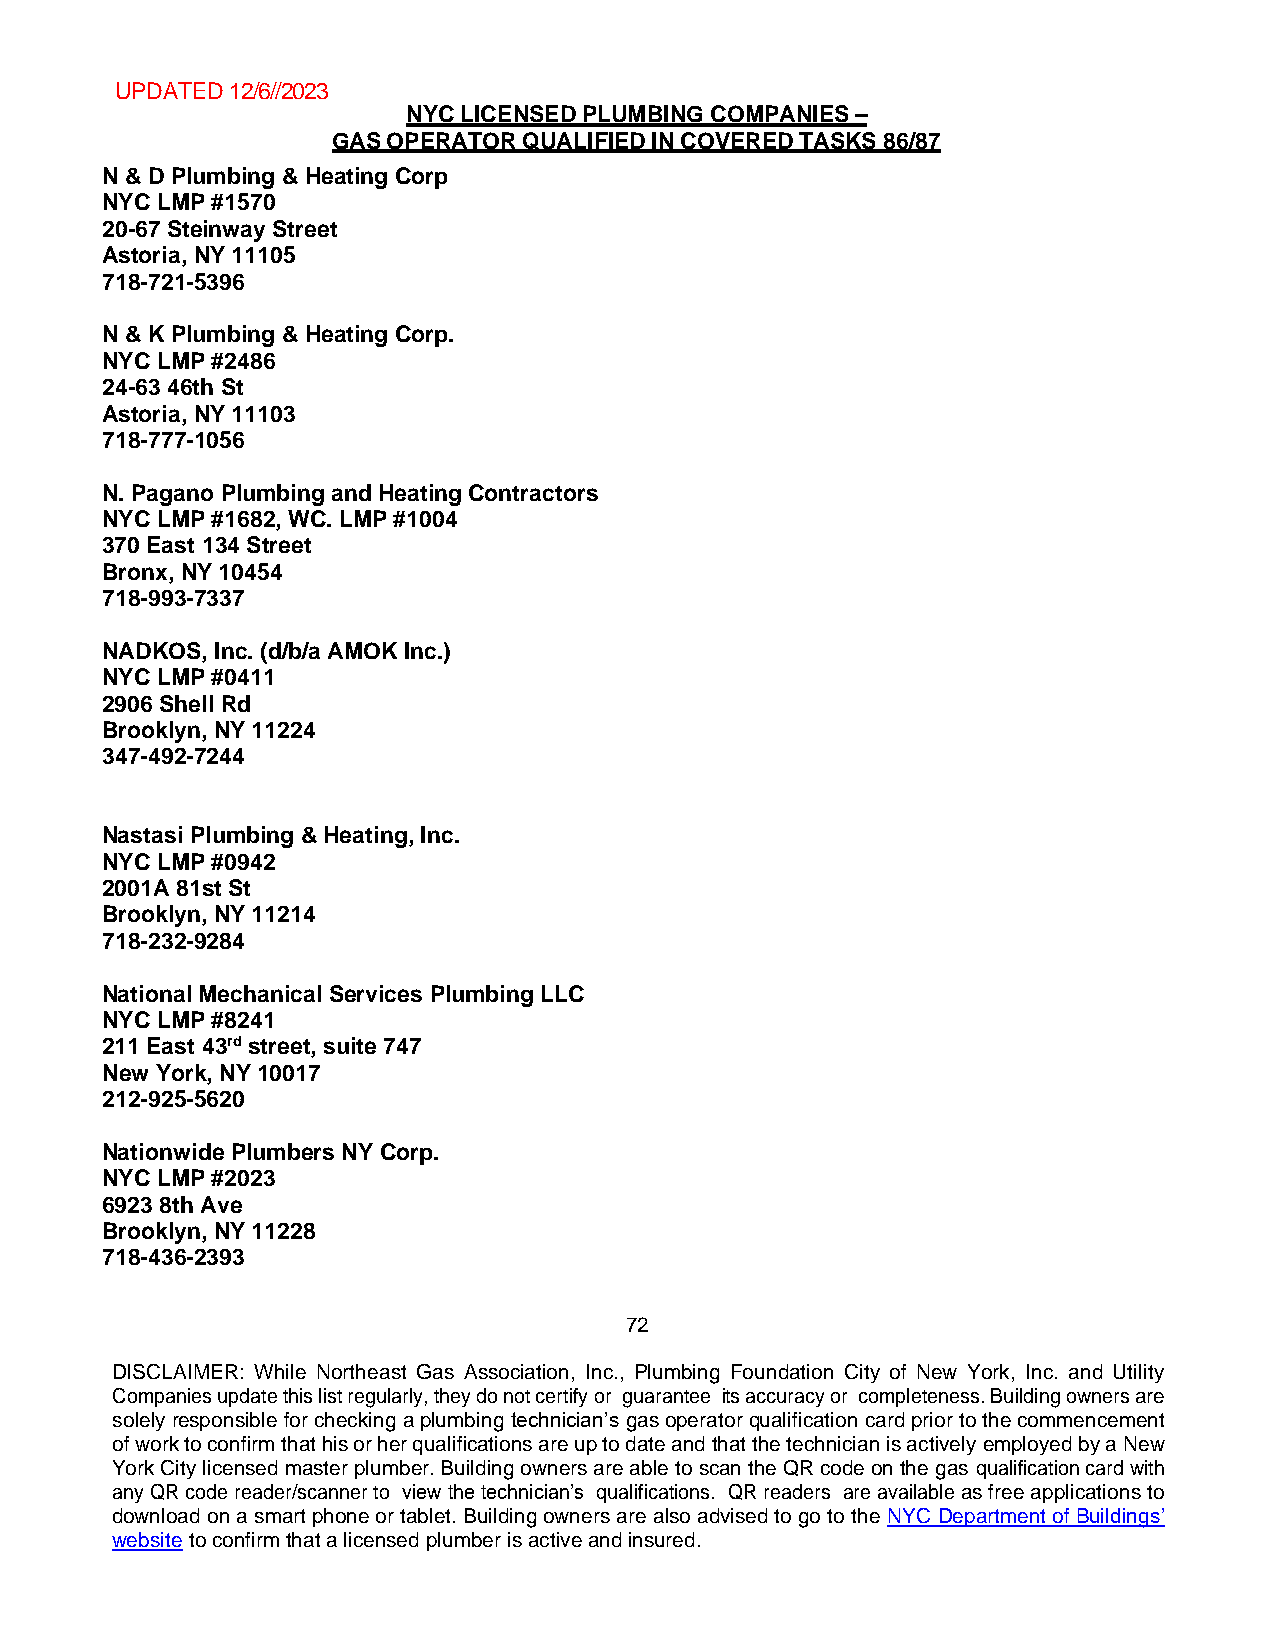
UPDATED 12/6//2023
 NYC LICENSED PLUMBING COMPANIES –
 GAS OPERATOR QUALIFIED IN COVERED TASKS 86/87
 N & D Plumbing & Heating Corp
 NYC LMP #1570
 20-67 Steinway Street
 Astoria, NY 11105
 718-721-5396
 N & K Plumbing & Heating Corp.
 NYC LMP #2486
 24-63 46th St
 Astoria, NY 11103
 718-777-1056
 N. Pagano Plumbing and Heating Contractors
 NYC LMP #1682, WC. LMP #1004
 370 East 134 Street
 Bronx, NY 10454
 718-993-7337
 NADKOS, Inc. (d/b/a AMOK Inc.)
 NYC LMP #0411
 2906 Shell Rd
 Brooklyn, NY 11224
 347-492-7244
 Nastasi Plumbing & Heating, Inc.
 NYC LMP #0942
 2001A 81st St
 Brooklyn, NY 11214
 718-232-9284
 National Mechanical Services Plumbing LLC
 NYC LMP #8241
 211 East 43rd street, suite 747
 New York, NY 10017
 212-925-5620
 Nationwide Plumbers NY Corp.
 NYC LMP #2023
 6923 8th Ave
 Brooklyn, NY 11228
 718-436-2393
 72
 DISCLAIMER: While Northeast Gas Association, Inc., Plumbing Foundation City of New York, Inc. and Utility
 Companies update this list regularly, they do not certify or guarantee its accuracy or completeness. Building owners are
 solely responsible for checking a plumbing technician’s gas operator qualification card prior to the commencement
 of work to confirm that his or her qualifications are up to date and that the technician is actively employed by a New
 York City licensed master plumber. Building owners are able to scan the QR code on the gas qualification card with
 any QR code reader/scanner to view the technician’s qualifications. QR readers are available as free applications to
 download on a smart phone or tablet. Building owners are also advised to go to the NYC Department of Buildings’
 website to confirm that a licensed plumber is active and insured.